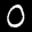
Label: 0